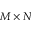
M \times N